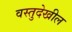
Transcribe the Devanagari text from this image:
वस्तुदेखील